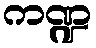
ကဏ္ဍ